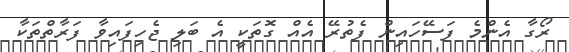
ރޯގާ އެންމެ ފަސޭހައިން ފެތުރޭ އެއް ގޮތަކީ އެ ބަލި ޖެހިފައިވާ ފަރާތްތަކާ